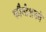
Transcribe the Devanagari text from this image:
फौन्डेशनने